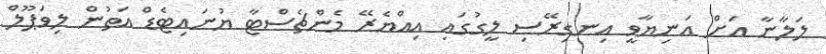
ލަލާނާ އަށް އަނިޔާވީ އިނގިރޭސި ލީގުގައި އިއްޔެރޭ މެންޗެސްޓާ ޔުނައިޓެޑް އަތުން ލިވަޕޫލް